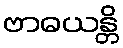
ဗာဓယန္တိ